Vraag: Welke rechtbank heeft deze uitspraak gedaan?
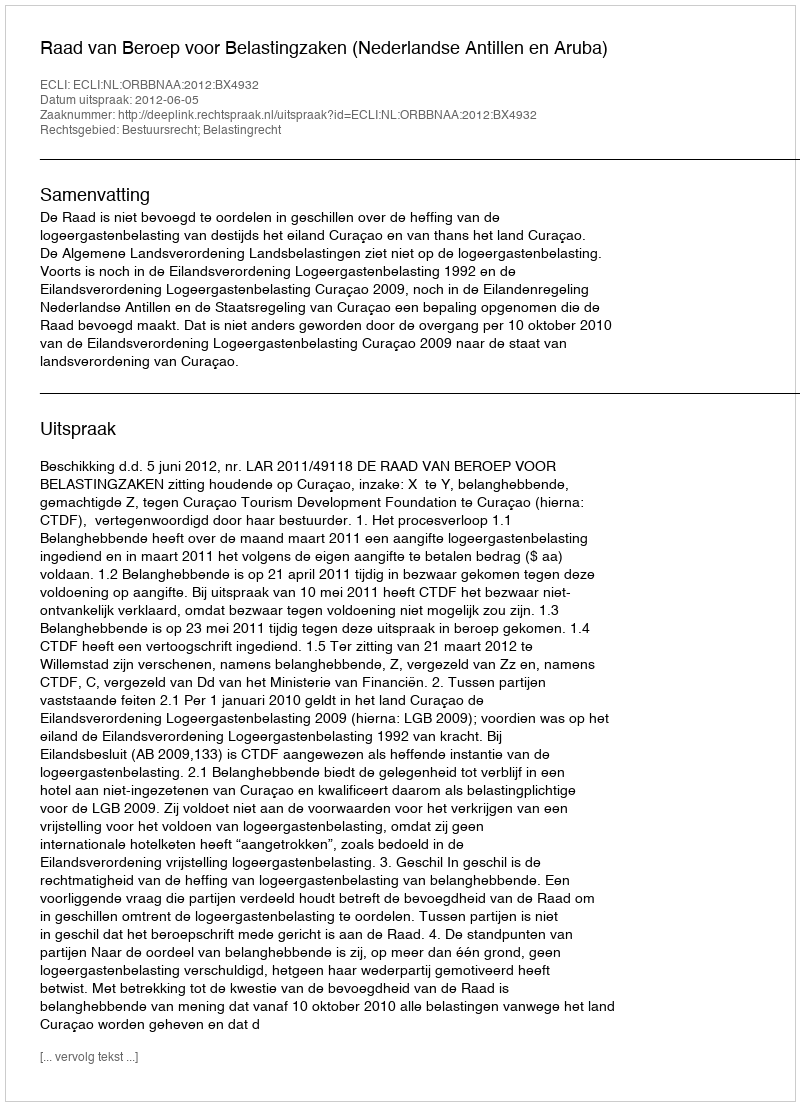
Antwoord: Raad van Beroep voor Belastingzaken (Nederlandse Antillen en Aruba)